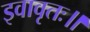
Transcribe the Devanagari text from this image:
इवावृतः॥